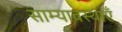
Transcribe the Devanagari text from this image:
साम्यावस्थाएँ